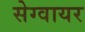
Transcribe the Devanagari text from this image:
सेग्वायर